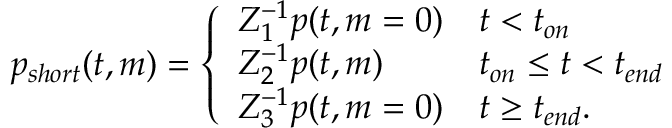
\begin{array} { r } { p _ { s h o r t } ( t , m ) = \left\{ \begin{array} { l l } { Z _ { 1 } ^ { - 1 } p ( t , m = 0 ) } & { t < t _ { o n } } \\ { Z _ { 2 } ^ { - 1 } p ( t , m ) } & { t _ { o n } \leq t < t _ { e n d } } \\ { Z _ { 3 } ^ { - 1 } p ( t , m = 0 ) } & { t \geq t _ { e n d } . } \end{array} \right. } \end{array}